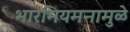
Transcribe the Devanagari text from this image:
भारनियमनामुळे